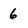
Character: 6